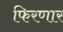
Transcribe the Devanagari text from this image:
फिरणार